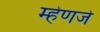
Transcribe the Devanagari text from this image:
म्हेणजे